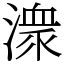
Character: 潨